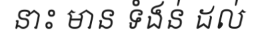
នាះ មាន ទំងន់ ដល់